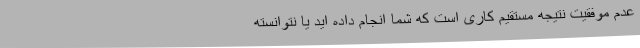
عدم موفقیت نتیجه مستقیم کاری است که شما انجام داده اید یا نتوانسته